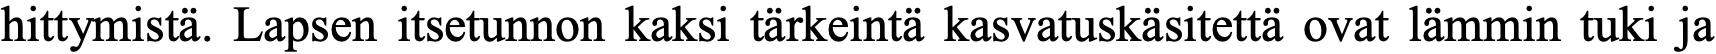
hittymistä. Lapsen itsetunnon kaksi tärkeintä kasvatuskäsitettä ovat lämmin tuki ja